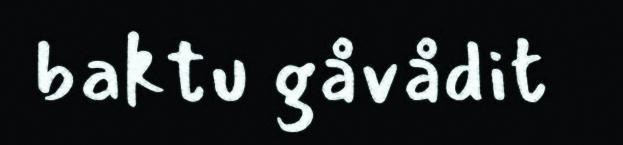
baktu gåvådit